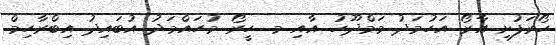
ހޯރަފުށި އާރޯ އަހުމަދު މަމްދޫހު އާއި މ. ހީރޯ މުހައްމަދު އުބައިދު އިބްރާހިމް